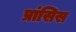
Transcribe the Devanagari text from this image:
प्रांसिस